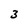
Character: 3